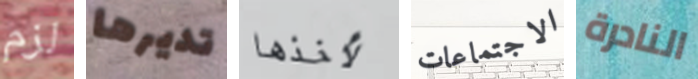
لزم تديرها لأخذها الاجتماعات النادرة